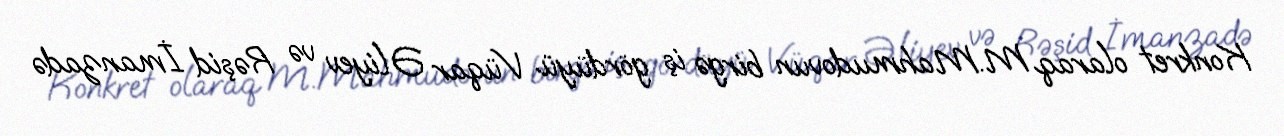
Konkret olaraq M.Mahmudovun birgə iş gördüyü Vüqar Əliyev və Rəşid İmanzadə